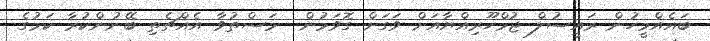
ބައެއްމީހުން ރައީސުލް ޖުމްހޫރިއްޔާއަށް ވަގަށް ގޮވަމުން  މަސްތުވާ އެއްޗެތި ބޭނުންކުރާ ކަމުގެ